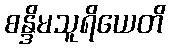
စန္ဒိမသူရိယေတိ